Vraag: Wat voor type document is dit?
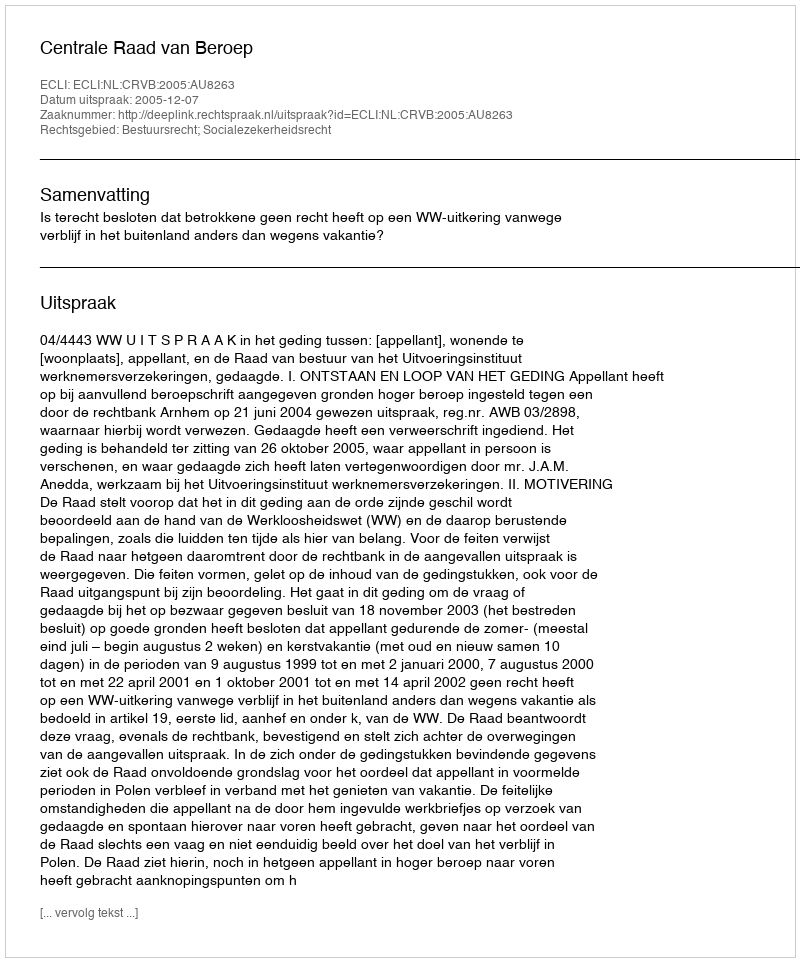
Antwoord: Uitspraak